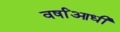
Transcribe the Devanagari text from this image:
वर्षांआधी